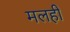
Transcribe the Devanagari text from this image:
मलही